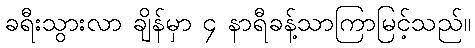
ခရီးသွားလာ ချိန်မှာ ၄ နာရီခန့်သာကြာမြင့်သည်။